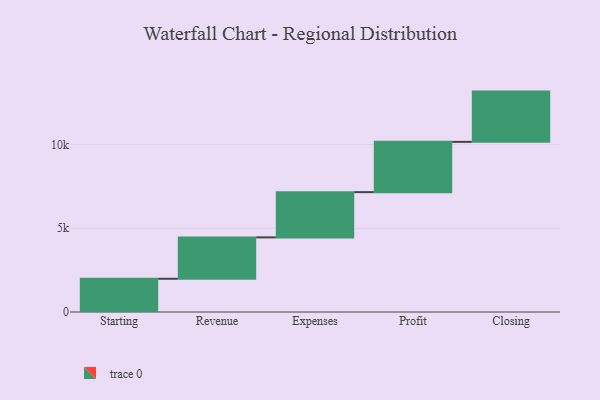
{"axis": {"x": "Step", "y": "Value"}, "legend": [""], "data": [{"x": "Starting", "y": 1983.0, "type": ""}, {"x": "Revenue", "y": 2470.0, "type": ""}, {"x": "Expenses", "y": 2700.0, "type": ""}, {"x": "Profit", "y": 3000, "type": ""}, {"x": "Closing", "y": 3000, "type": ""}]}